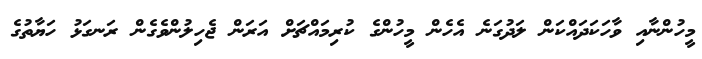
މީހުންނާއި ވާހަކަދައްކަން ލަދުގަނެ އެހެން މީހުންގެ ކުރިމައްޗަށް އަރަން ޖެހިލުންވެގެން ރަނގަޅު ހަޔާތުގެ